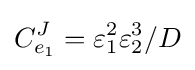
C_{e_{1}}^{J}=\varepsilon _{1}^{2}\varepsilon _{2}^{3}/D